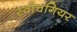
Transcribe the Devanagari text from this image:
स्वीचगियर